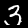
Digit: 3